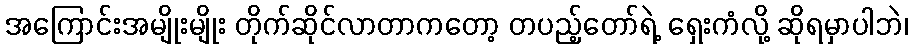
အကြောင်းအမျိုးမျိုး တိုက်ဆိုင်လာတာကတော့ တပည့်တော်ရဲ့ ရှေးကံလို့ ဆိုရမှာပါဘဲ၊